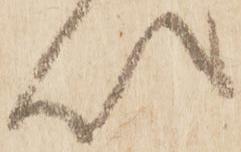
以